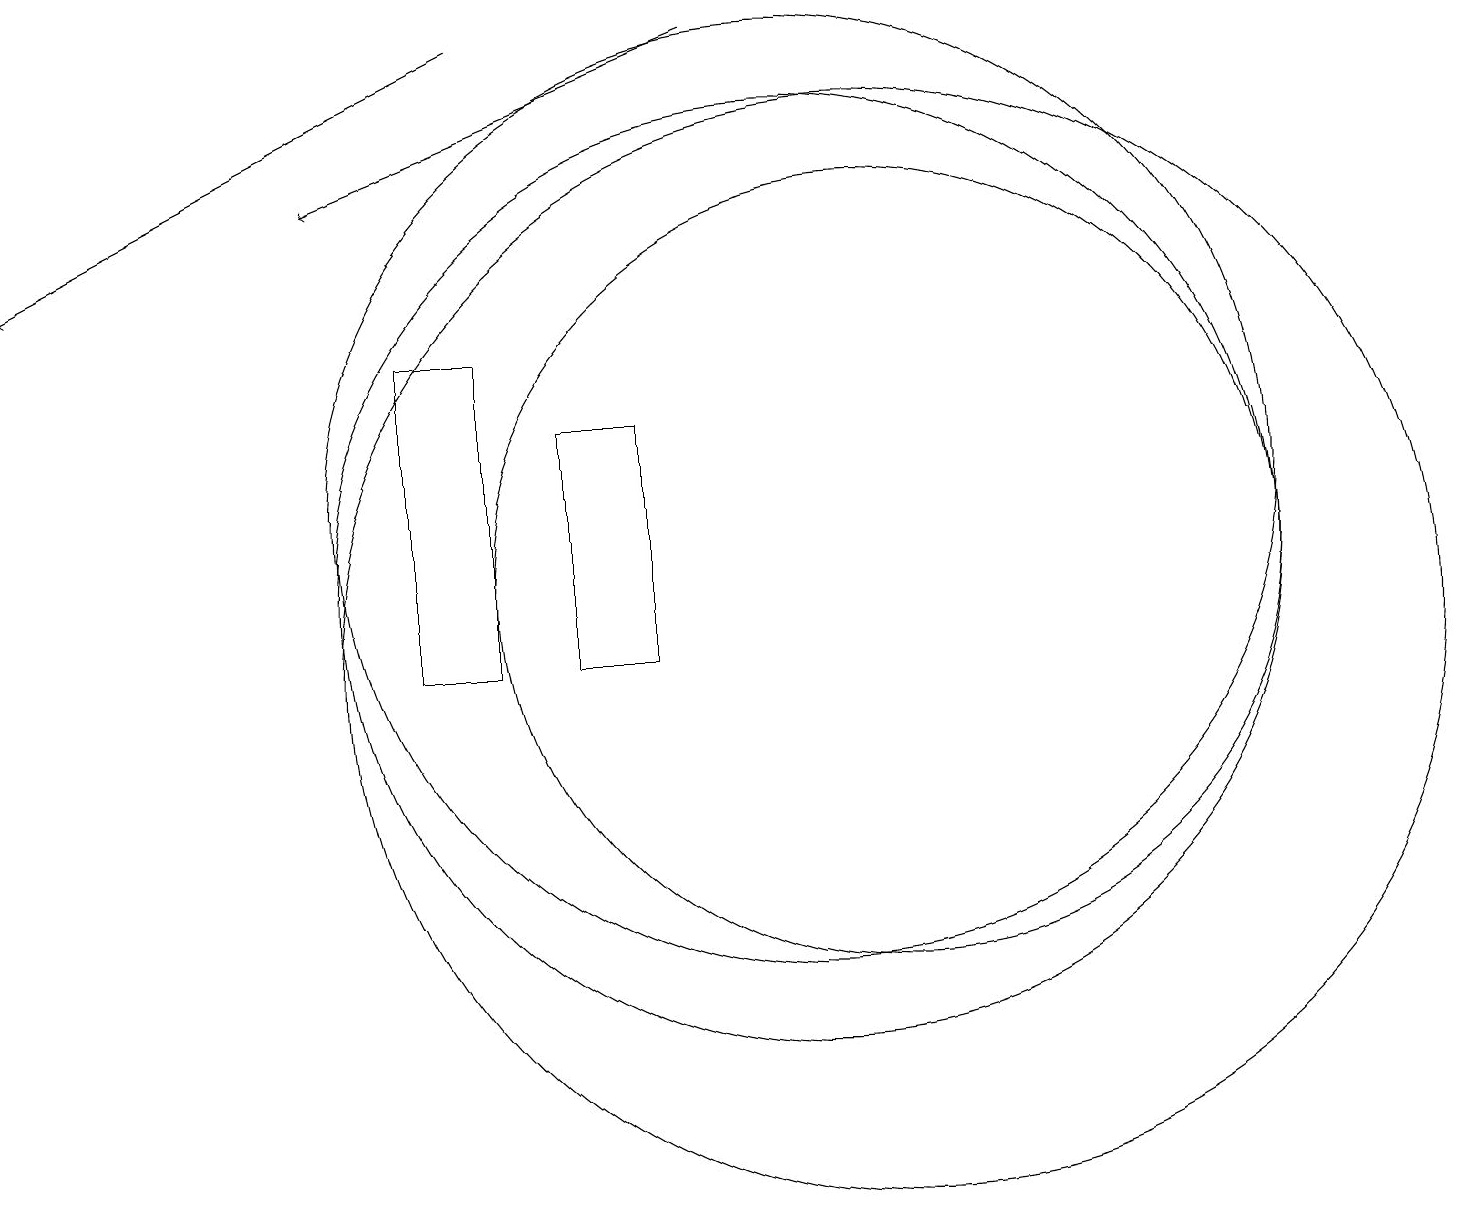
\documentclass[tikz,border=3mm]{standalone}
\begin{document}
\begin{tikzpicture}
\draw[->] (6,18) -- (0,15);
\draw (8,13) rectangle (7,10);
\draw (10,12) circle (6);
\draw (6,14) rectangle (5,10);
\draw (10,11) circle (6);
\draw (11,10) circle (7);
\draw[->] (9,18) -- (4,16);
\draw (11,11) circle (5);
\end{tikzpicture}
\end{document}